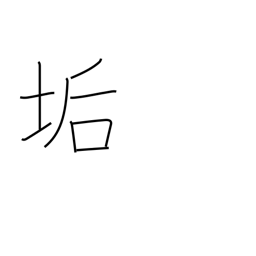
Meaning: earwax